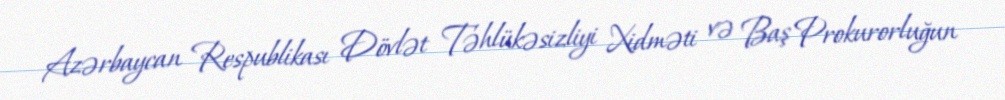
Azərbaycan Respublikası Dövlət Təhlükəsizliyi Xidməti və Baş Prokurorluğun